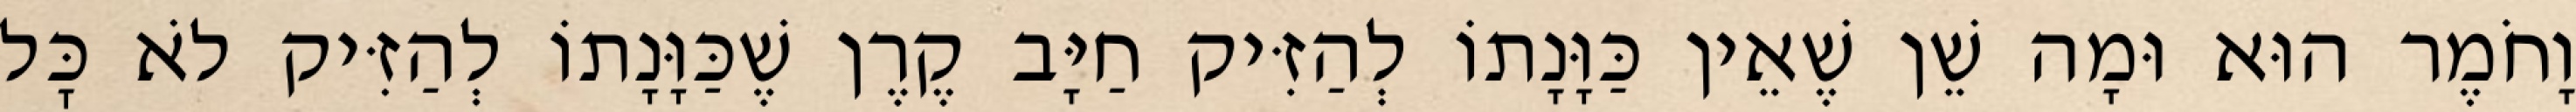
וָחֹמֶר הוּא וּמָה שֵׁן שֶׁאֵין כַּוָּנָתוֹ לְהַזִּיק חַיָּב קֶרֶן שֶׁכַּוָּנָתוֹ לְהַזִּיק לֹא כׇּל